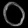
Digit: ၀